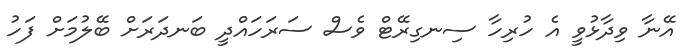
އޭނާ ވިދާޅުވީ އެ ހުރިހާ ސިނގިރޭޓް ވެސް ސަރަހައްދީ ބަނދަރަށް ބޭލުމަށް ފަހު